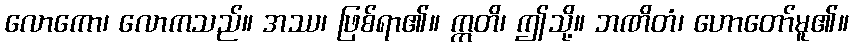
လောကော၊ လောကသည်။ အဿ၊ ဖြစ်ရာ၏။ ဣတိ၊ ဤသို့။ ဘဏိတံ၊ ဟောတော်မူ၏။